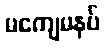
မကျေမနပ်